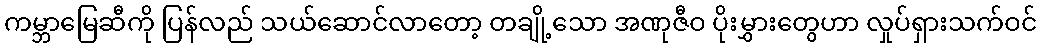
ကမ္ဘာမြေဆီကို ပြန်လည် သယ်ဆောင်လာတော့ တချို့သော အဏုဇီဝ ပိုးမွှားတွေဟာ လှုပ်ရှားသက်ဝင်